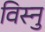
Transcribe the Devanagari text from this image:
विस्नु